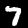
Digit: 7